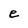
Character: e